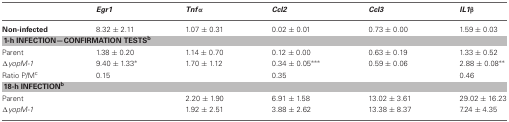
<table><thead><tr><td></td><td><b><i>Egr1</i></b></td><td><b><i>Tnf</i>α</b></td><td><b><i>Ccl2</i></b></td><td><b><i>Ccl3</i></b></td><td><b><i>IL1</i>β</b></td></tr></thead><tbody><tr><td><b>Non-infected</b></td><td>8.32 ± 2.11</td><td>1.07 ± 0.31</td><td>0.02 ± 0.01</td><td>0.73 ± 0.00</td><td>1.59 ± 0.03</td></tr><tr><td colspan="6"><b>1-h INFECTION—CONFIRMATION TESTS<sup>b</sup></b></td></tr><tr><td>Parent</td><td>1.38 ± 0.20</td><td>1.14 ± 0.70</td><td>0.12 ± 0.00</td><td>0.63 ± 0.19</td><td>1.33 ± 0.52</td></tr><tr><td>Δ<i>yopM-1</i></td><td>9.40 ± 1.33<sup>*</sup></td><td>1.70 ± 1.12</td><td>0.34 ± 0.05<sup>***</sup></td><td>0.59 ± 0.06</td><td>2.88 ± 0.08<sup>**</sup></td></tr><tr><td>Ratio P/M<sup>c</sup></td><td>0.15</td><td></td><td>0.35</td><td></td><td>0.46</td></tr><tr><td colspan="6"><b>18-h INFECTION<sup>b</sup></b></td></tr><tr><td>Parent</td><td></td><td>2.20 ± 1.90</td><td>6.91 ± 1.58</td><td>13.02 ± 3.61</td><td>29.02 ± 16.23</td></tr><tr><td>Δ<i>yopM-1</i></td><td></td><td>1.92 ± 2.51</td><td>3.88 ± 2.62</td><td>13.38 ± 8.37</td><td>7.24 ± 4.35</td></tr></tbody></table>